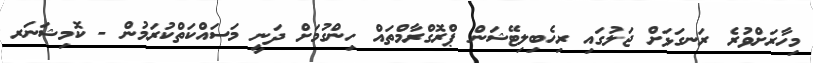
މިހާރަށްވުރެ ރަނގަޅަށް ޖަލުގައި ރިހެބިލިޓޭޝަން ޕްރޮގްރާމްތައް ހިންގުމަށް ދަނީ މަސައްކަތްކުރަމުން - ކޮމިޝަނަރ